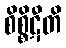
စိစ္စိဋီတိ